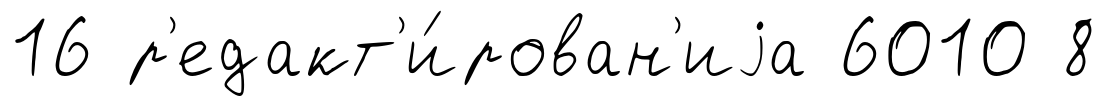
16 р'едакт'и́рован'иjа 6010 8